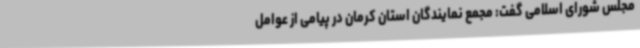
مجلس شورای اسلامی گفت: مجمع نمایندگان استان کرمان در پیامی از عوامل